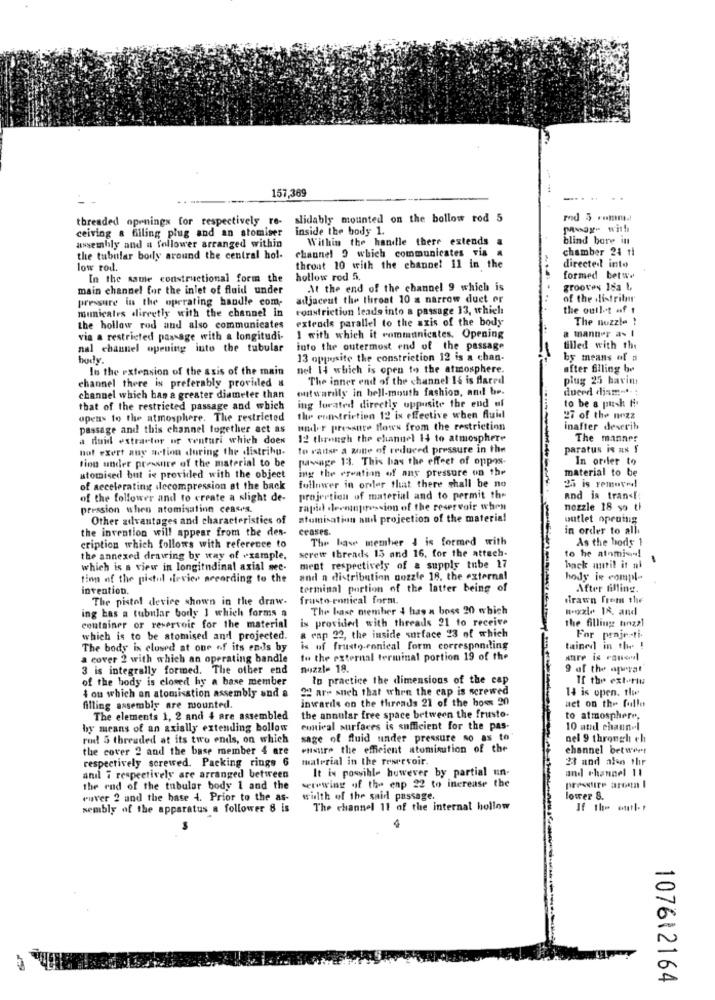
157,369
.. ..
threaded openings for respectively re-
slidably mounted on the bollow rod 5
ceiving a filing plug and an atomiser
inside the body 1.
Within the handle there extends a
blind bare in
assembly and a follower arranged within
channel 9 which communicates vis a
chamber 24 tl
the tubular boily around the central hol-
low rod.
throat 10 with the ebanne! 11 in the
directed into
In the same constructional form the
hollow rod Si.
formed betww
main channel for the inlet of fluid under
At the end of the channel 9 which is
grooves 18a 1.
pressure in the operating handle com-
adjacent the throat 10 x narrow duet or
of the distribmr
mumicates directly with the channel in
constriction leads into a passage 13, which
the outlet af 1
extends parallel to the axis of the body
The nozzle 1
the hollow rod and also communicates
a manner as I
via a restricted passage with a longitudi-
1 with which it communicates. Opening
nal channel opening into the tubular
into the outermost end of the passage
filled with the
body.
13 opposite the constriction 12 is a chan-
by means of a
In the extension of the asis of the main
net 14 which is open to the atmosphere.
after filing bø
channel there is preferably provided &
The inner end of the channel I& is flared
plug 25 havin
outwarilly in hell-mouth fashion, and be.
duerd dism -*-;
channel which has a greater diameter than
to be a push f.
that of the restricted passage and which
ing located directly opposite the end of
opens to the atmosphere. The restricted
the constriction 12 ix effective when fluid
27 of the nozz
passage and this channel together act as
mmer pressure flows from the restriction
inafter deserih
a duid extractor or venturi which does
12 through the channel 14 to atmosphere
The manner
not exert any action during the distribu.
to raise a zone of reduced pressure in the
paratus is ax I
finn under pressure of the material to be
pavage 13. This has the effect of oppos.
In order to
ing the creation of any pressure on the
material to be
atomised but is provided with the object
25 is removed!
of accelerating ilecompression at the back
follower in order that there shall be no
of the follower and to create a slight de-
projection of material and to permit the
and is tran [
pression when atomisatinn ceas's.
rapid derenpression of the reservoir when
nozzle 18 so th
Other advantages and characteristics of
atomisation and projection of the material
outlet oprotig
the invention will appear from the des-
ceases.
in order to all
The base member & is formed with
As the body 1
cription which follows with reference to
screw threads 15 and 16. for the attach.
the annexed drawing by way of example.
to he atomis!
which is a view in longitudinal axial sec-
ment respectively of a supply tube 17
back until it al
tinn of the pistol .[rvier according to the
and a distribution nozzle 18. the external
hody is comple
invention.
terminal portion of the latter being of
After filling.
The pistol device shown in the draw.
frusto-ennical form.
drawn from the
ing bas a tubular body 1 which forms a
The base member & has a boss 20 which
wowzle 18, and
is provided with threads 21 to receive
the filling tinzal
container or reservoir for the material
which is to be atomised and projected.
a rap 22, the inside surface 23 of which
For proje-ti.
The body is closed at one of its ends by
is of frusto conical form corresponding
tained in the !
a cover 2 with which an operating bandle
to the external terminal portion 19 of the
stre is consul
3 is integrally formed. The other end
nuzzł= 18.
9 of the aprrat
of the body is closed hy a base member
to practice the dimensions of the cap
If the exterin
22 are sneh that when the cap is screwed
14 is open. tle
4 on which an atomisation assembly and a
invards on the threads 21 of the bone 20
act on the fulle
filling assembly are mounted.
The elements 1, 2 and 4 are assembled
the annular free space between the frusto.
to atmosphere,
by means of an axially extending bollow
emtical surfaces is sufficient for the pas-
10 and channel
rod 5 threaded at its two ends, on which
sage of fluid under pressure no as to
nel 9 through ch
the cover 2 and the base member 4 are
ensure the efficient atomisution of the
channel betwert
respectively screwed. Packing rings 6
material in the reservoir.
23 and alen thr
It is possible however by partial un-
and channel 11
and 7 respectively are arranged between
the end of the tubular body 1 and the
setowing of the enp 22 to increase the
pressure aroen I
cuver 2 and the hase 4. Prior to the as-
width of the said passage.
lower S.
sembly of the apparatus a follower 8 is
The channel 11 of the internal hollow
If the outl. e
107612164